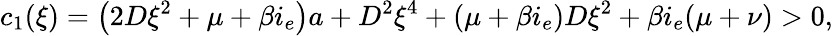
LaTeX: c_{1}(\xi)=\left(2D\xi^{2}+\mu+\beta i_{e}\right)a+D^{2}\xi^{4}+(\mu+\beta i_{e})D\xi^{2}+\beta i_{e}(\mu+\nu)>0,